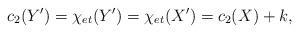
LaTeX: \begin{align*}c_2(Y^{\prime})=\chi_{et}(Y^{\prime})=\chi_{et}(X^{\prime})=c_2(X)+k,\end{align*}